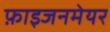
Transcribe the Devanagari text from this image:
फ़ाइजनमेयर